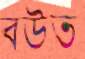
বউত